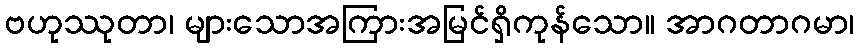
ဗဟုဿုတာ၊ များသောအကြားအမြင်ရှိကုန်သော။ အာဂတာဂမာ၊